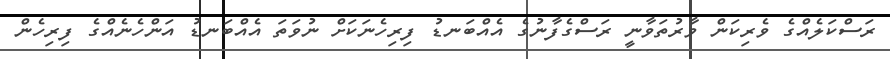
ރަސްކަލެއްގެ ވެރިކަން ވާރުތަވާނީ ރަސްގެފާނުގެ އެއްބަނޑު ފިރިހެނަކަށް ނުވަތަ އެއްބަނޑު އަންހެނެއްގެ ފިރިހެން